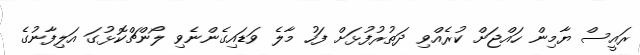
ރައީސް ޔާމިން ހައްޖަށް ކުރެއްވި ދަތުރުފުޅަށް ފަހު މާލެ ވަޑައިގެންނެވި ލޯންޗްކޮޅުގަ އަލިފާނުގެ